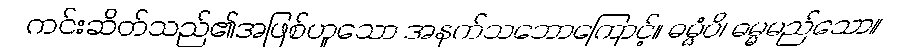
ကင်းဆိတ်သည်၏အဖြစ်ဟူသော အနက်သဘောကြောင့်။ ဓမ္မံပိ၊ ဓမ္မမည်သော။